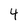
Character: 4